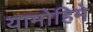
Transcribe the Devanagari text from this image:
यामोहिमे